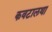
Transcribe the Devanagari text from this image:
कवटालथा